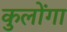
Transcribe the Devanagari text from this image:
कुलोंगा